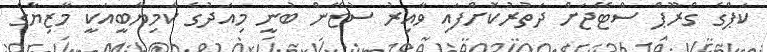
ކަޕްގެ ގްރޫޕް ސްޓޭޖަށް ދަތުރުކޮށްފައި ވާއިރު ސުޒޭން ބުނީ މިއަދުގެ ކާމިޔާބީއަކީ މާޒިޔާގެ